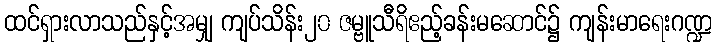
ထင်ရှားလာသည်နှင့်အမျှ ကျပ်သိန်း၂၀ ဇမ္ဗူသီရိဧည့်ခန်းမဆောင်၌ ကျန်းမာရေးဂဏ္ဍ